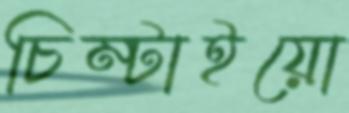
চিম্‌টাইয়ো